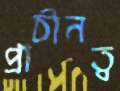
প্রাচীনত্ব